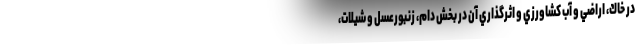
در خاك، اراضي و آب كشاورزي و اثرگذاري آن در بخش دام، زنبورعسل و شيلات،